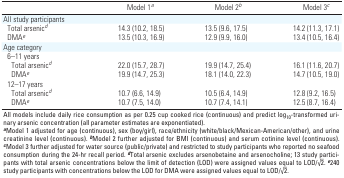
| Model 1a | Model 2b | Model 3c |
 | --- | --- | --- |
 | All study participants |
 | Total arsenicd | 14.3 (10.2, 18.5) | 13.5 (9.6, 17.5) | 14.2 (11.3, 17.1) |
 | DMAe | 13.5 (10.3, 16.9) | 12.9 (9.9, 16.0) | 13.4 (10.5, 16.4) |
 | Age category |
 | 6–11 years |
 | Total arsenicd | 22.0 (15.7, 28.7) | 19.9 (14.7, 25.4) | 16.1 (11.6, 20.7) |
 | DMAe | 19.9 (14.7, 25.3) | 18.1 (14.0, 22.3) | 14.7 (10.5, 19.0) |
 | 12–17 years |
 | Total arsenicd | 10.7 (6.6, 14.9) | 10.5 (6.4, 14.9) | 12.8 (9.2, 16.5) |
 | DMAe | 10.7 (7.5, 14.0) | 10.7 (7.4, 14.1) | 12.5 (8.7, 16.4) |
 | <COLSPAN=7> All models include daily rice consumption as per 0.25 cupcooked rice (continuous) and predict log10-transformed urinary arsenicconcentration (all parameter estimates are exponentiated). aModel 1adjusted for age (continuous), sex (boy/girl), race/ethnicity(white/black/Mexican-American/other), and urine creatinine level(continuous). bModel 2 further adjusted for BMI (continuous) and serumcotinine level (continuous). cModel 3 further adjusted for water source(public/private) and restricted to study participants who reported noseafood consumption during the 24-hr recall period. dTotal arsenicexcludes arsenobetaine and arsenocholine; 13 study participants withtotal arsenic concentrations below the limit of detection (LOD) wereassigned values equal to LOD/√–2. e240 study participants withconcentrations below the LOD for DMA were assigned values equal toLOD/√–2. |